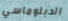
الدبلوماسي